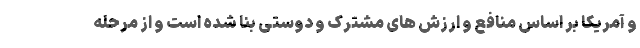
و آمریکا بر اساس منافع و ارزش های مشترک و دوستی بنا شده است و از مرحله